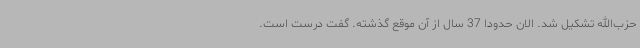
حزب‌الله تشکیل شد. الان حدوداً 37 سال از آن موقع گذشته. گفت درست است.